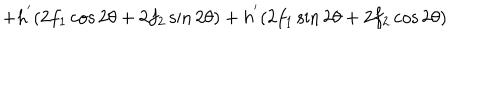
+ h ^ { ' } ( 2 f _ { 1 } \cos 2 \theta + 2 f _ { 2 } \sin 2 \theta ) + h ^ { ' } ( 2 f _ { 1 } \sin 2 \theta + 2 f _ { 2 } \cos 2 \theta )